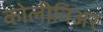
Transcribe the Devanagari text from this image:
कोलीनिअर